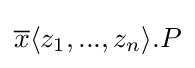
{\overline {x}}\langle z_{1},...,z_{n}\rangle .P